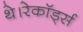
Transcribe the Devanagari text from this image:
थे।रेकॉर्ड्स